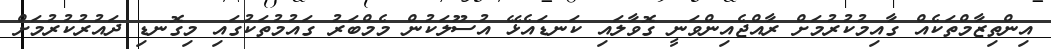
އިންތިޒާމްތަކެއް ގާއިމުކުރުމަށް ރާއްޖެއިންވަނީ ގޮވާލައި ކަނޑައެޅޭ އުސޫލަކުން މެމްބަރު ގައުމުތަކުގައި މިގޮނޑި ދައުރުކުރުމަށް